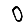
Digit: 0